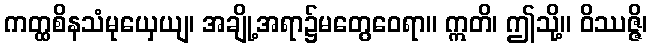
ကတ္ထစိနသံမုယှေယျ၊ အချို့အရာ၌မတွေဝေရာ။ ဣတိ၊ ဤသို့။ ဝိဿဇ္ဇိ၊